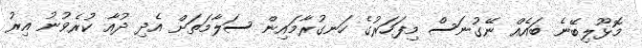
މޮޅޫލިބޭނެ ބައެއް ނޭގުނަސް މިފަހަރުގެ ހަނގުރާމައިން ސަލާމަތަށް އެދި ދުއާ ކުރެވުނު އިރު